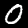
Digit: 0